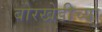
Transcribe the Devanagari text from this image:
बोरखेडीच्या